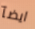
ايضآ